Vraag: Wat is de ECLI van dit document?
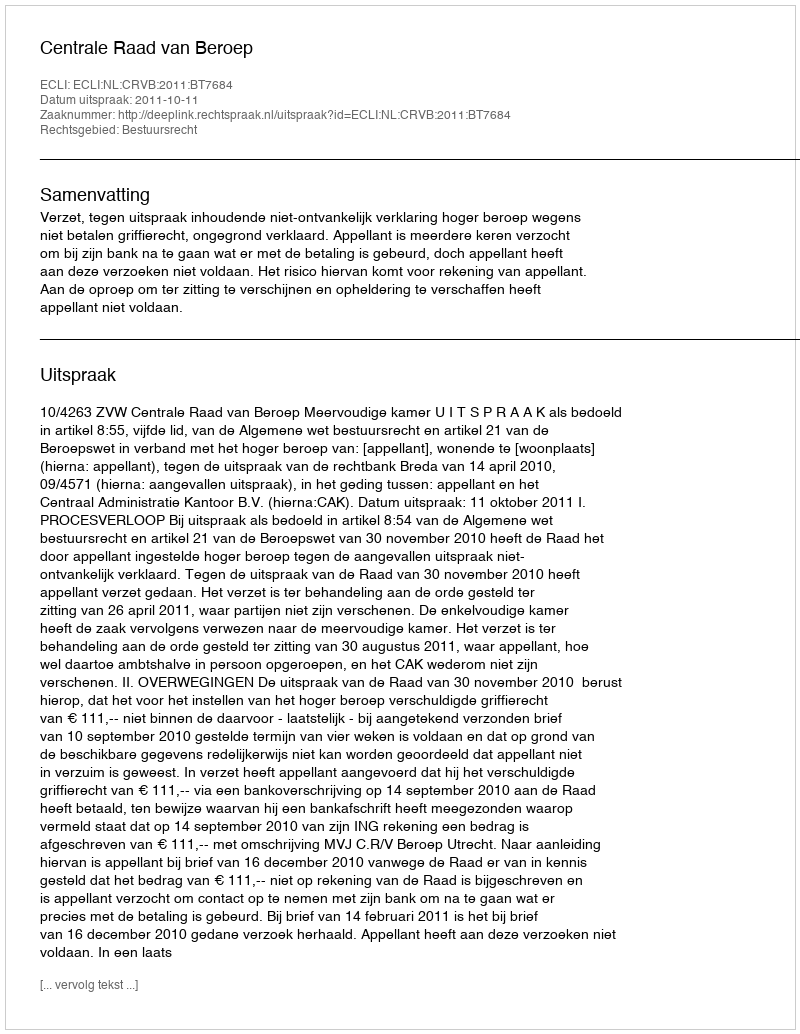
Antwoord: ECLI:NL:CRVB:2011:BT7684